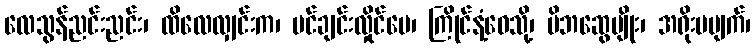
လေသွန်ညင်းညင်း၊ ထိလေလျှင်းက၊ ပင်ချင်းလှိုင်ပေ၊ ကြိုင်နံ့ဝေသို့၊ မိဘဆွေမျိုး၊ အရိုးမပျက်၊